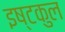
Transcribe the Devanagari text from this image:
इष्टकुल